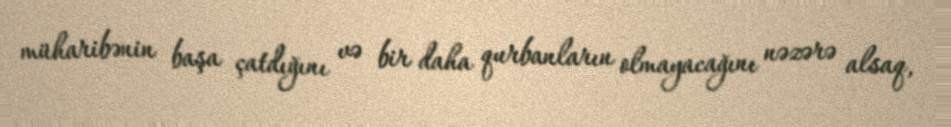
müharibənin başa çatdığını və bir daha qurbanların olmayacağını nəzərə alsaq,